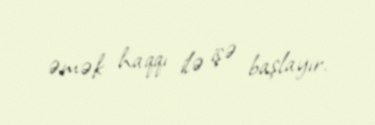
əmək haqqı ilə işə başlayır.